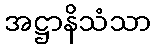
အဋ္ဌာနိသံသာ